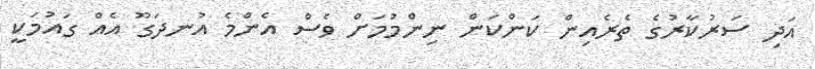
އަދި ސަރުކާރުގެ ތެރެއިން ކަންކަން ނިންމުމަށް ވެސް އެންމެ އުނދަގޫ އެއް ގައުމަކީ